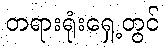
တရားရုံးရှေ့တွင်